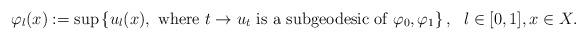
LaTeX: \begin{align*}\varphi_l(x):= \sup \left\{u_l(x), \ \textrm{where }t \to u_t \textrm{ is a subgeodesic of} \ \varphi_0,\varphi_1\right\}, \ \ l \in [0,1], x \in X.\end{align*}